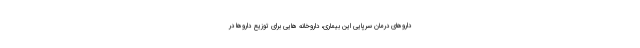
داروهای درمان سرپایی این بیماری، داروخانه هایی برای توزیع داروها در